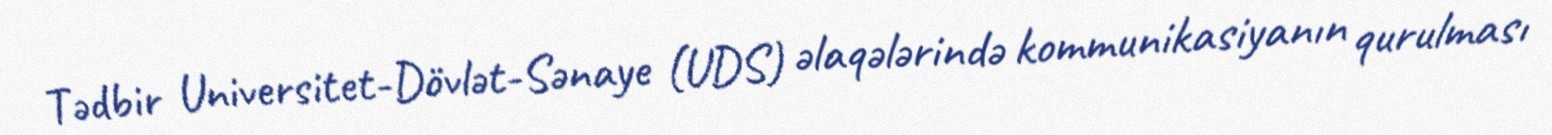
Tədbir Universitet-Dövlət-Sənaye (UDS) əlaqələrində kommunikasiyanın qurulması